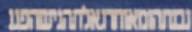
נבנתהומאוחרגאלתהגישהפגנ